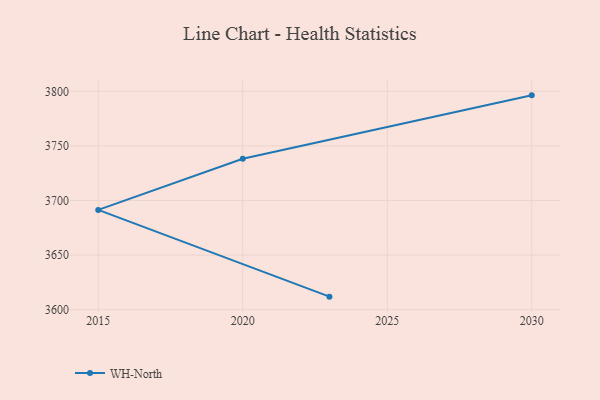
{"axis": {"x": "Year", "y": "Active Users"}, "legend": ["WH-North"], "data": [{"x": "2030", "y": 3796.3, "type": "WH-North"}, {"x": "2020", "y": 3738.3, "type": "WH-North"}, {"x": "2015", "y": 3691.4, "type": "WH-North"}, {"x": "2023", "y": 3612.0, "type": "WH-North"}]}